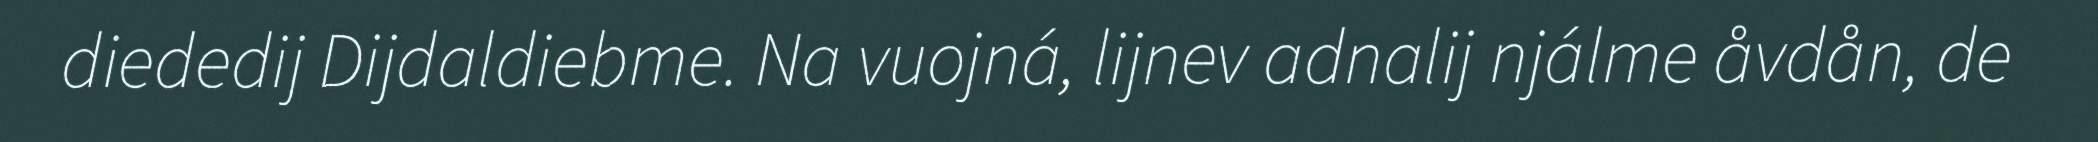
diededij Dijdaldiebme. Na vuojná, lijnev adnalij njálme åvdån, de